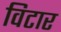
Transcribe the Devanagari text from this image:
विटार